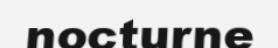
nocturne